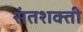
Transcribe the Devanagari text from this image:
संतशक्ती